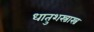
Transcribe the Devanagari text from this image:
धातुशस्त्रास्त्र